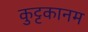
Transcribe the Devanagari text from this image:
कुट्टकानम